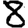
Digit: 8